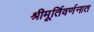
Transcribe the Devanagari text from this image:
श्रीमूर्तिवर्णनात